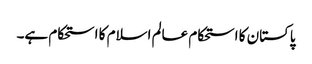
پاکستان کا استحکام عالم اسلام کا استحکام ہے۔